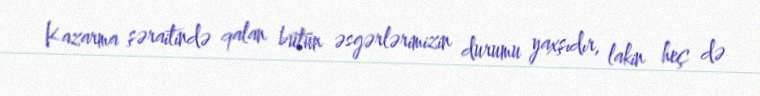
Kazarma şəraitində qalan bütün əsgərlərimizin durumu yaxşıdır, lakin heç də